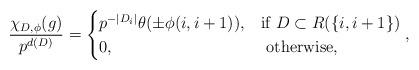
LaTeX: \begin{align*}\frac{\chi_{D,\phi}(g)}{p^{d(D)}}= \begin{cases} p^{-|D_i| }\theta(\pm \phi(i,i+1)), & \mbox{if } D \subset R(\{i,i+1\}) \\ 0, & \mbox{ otherwise,} \end{cases},\end{align*}